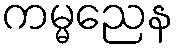
ကမ္မညေန